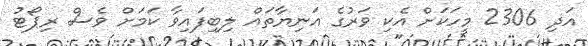
އަދި 2306 މީހަކަށް އެކި ވަރުގެ އަނިޔާތައް ލިބިފައިވާ ކަމަށް ވެސް ރިޕޯޓު